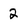
Character: 2